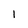
Character: 1